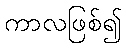
ကာလဖြစ်၍